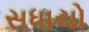
સધાયો